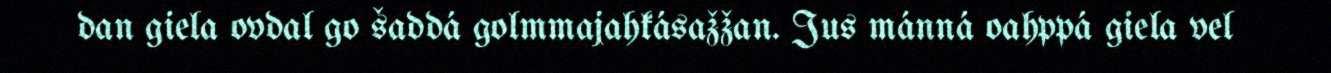
dan giela ovdal go šaddá golmmajahkásažžan. Jus mánná oahppá giela vel